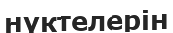
нүктелерін